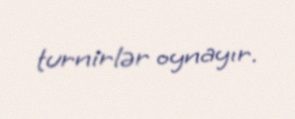
turnirlər oynayır.